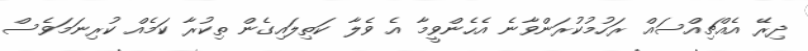
ދިރޭ އެއްޗިއްސައް ރަހުމުކުރަންވާނެ އެހެންވީމާ އެ ވެލާ ކަތިލައިގެން ތިކުރާ ކަމެއް ކުރިނަމަވެސް